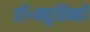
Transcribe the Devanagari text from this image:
डॉ॰क्युतिन्हो